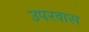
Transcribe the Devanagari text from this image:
उपरवास